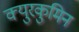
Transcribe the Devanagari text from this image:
क्युरकुमिन